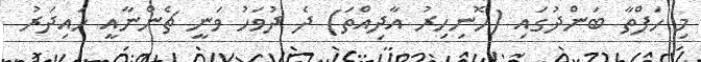
މި ހަފްތާ ބަންދުގައި (ހޮނިހިރު އާދިއްތަ) ދެ ދުވަހު ވަނީ ޗެންނާއީ ހައިދަރު